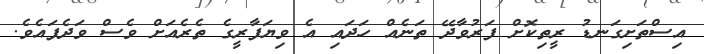
އިސްތަށިގަނޑު ރީތިކޮށް ފަރުވާދޭ ތަނެއް ހަދައި އެ ވިޔަފާރީގެ ތެރެއަށް ވެސް ވަދެފައެވެ.